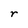
Character: r